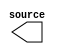

module rst_button (
	source);	

	output	[0:0]	source;
endmodule